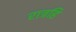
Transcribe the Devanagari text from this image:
रात्रहि